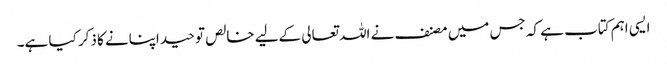
ایسی اہم کتاب ہے کہ جس میں مصنف نے اللہ تعالی کےلیے خالص توحید اپنانے کا ذکر کیا ہے۔